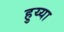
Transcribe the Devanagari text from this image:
हुय्या